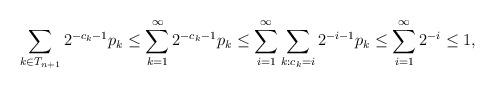
LaTeX: \begin{align*}\sum_{k\in T_{n+1}}2^{-c_k-1}p_k\le\sum_{k=1}^\infty 2^{-c_k-1}p_k\le\sum_{i=1}^\infty\sum_{k : c_k=i}2^{-i-1}p_k\le\sum_{i=1}^\infty2^{-i}\le1,\end{align*}